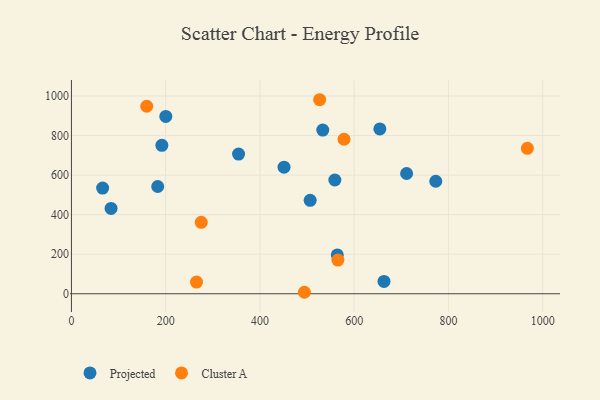
{"axis": {"x": "Distance", "y": "Salary"}, "legend": ["Cluster A", "Projected"], "data": [{"x": "711.3", "y": 608.1, "type": "Projected"}, {"x": "533.4", "y": 827.9, "type": "Projected"}, {"x": "191.9", "y": 750.5, "type": "Projected"}, {"x": "84.1", "y": 431.5, "type": "Projected"}, {"x": "451.2", "y": 640.2, "type": "Projected"}, {"x": "506.6", "y": 472.6, "type": "Projected"}, {"x": "66.2", "y": 534.3, "type": "Projected"}, {"x": "183.1", "y": 542.3, "type": "Projected"}, {"x": "559.0", "y": 575.3, "type": "Projected"}, {"x": "773.2", "y": 569.0, "type": "Projected"}, {"x": "663.3", "y": 62.5, "type": "Projected"}, {"x": "354.7", "y": 706.3, "type": "Projected"}, {"x": "200.3", "y": 896.5, "type": "Projected"}, {"x": "654.5", "y": 833.5, "type": "Projected"}, {"x": "564.2", "y": 196.2, "type": "Projected"}, {"x": "265.4", "y": 59.3, "type": "Cluster A"}, {"x": "494.4", "y": 7.5, "type": "Cluster A"}, {"x": "578.5", "y": 781.3, "type": "Cluster A"}, {"x": "526.8", "y": 981.2, "type": "Cluster A"}, {"x": "967.6", "y": 735.6, "type": "Cluster A"}, {"x": "159.8", "y": 948.3, "type": "Cluster A"}, {"x": "565.5", "y": 170.5, "type": "Cluster A"}, {"x": "275.5", "y": 361.4, "type": "Cluster A"}]}